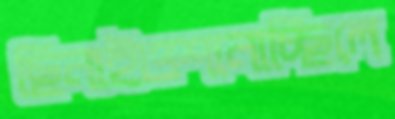
ছিনাইওশানাচ্ছিলে